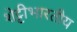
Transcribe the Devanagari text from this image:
शेट्टीभारतीय